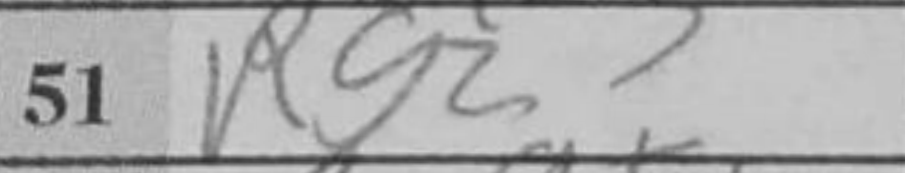
Transcription: Rg2